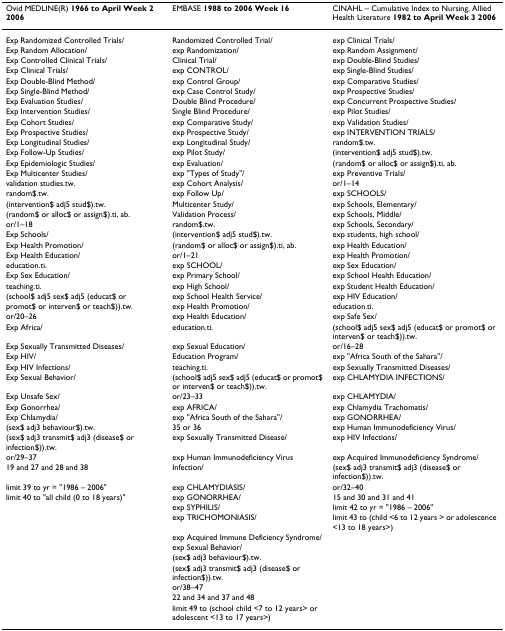
<table><thead><tr><td><b>Ovid MEDLINE(R) 1966 to April Week 2 2006</b></td><td><b>EMBASE 1988 to 2006 Week 16</b></td><td><b>CINAHL – Cumulative Index to Nursing, Allied Health Literature 1982 to April Week 3 2006</b></td></tr></thead><tbody><tr><td>Exp Randomized Controlled Trials/</td><td>Randomized Controlled Trial/</td><td>exp Clinical Trials/</td></tr><tr><td>Exp Random Allocation/</td><td>exp Randomization/</td><td>exp Random Assignment/</td></tr><tr><td>Exp Controlled Clinical Trials/</td><td>Clinical Trial/</td><td>exp Double-Blind Studies/</td></tr><tr><td>Exp Clinical Trials/</td><td>exp CONTROL/</td><td>exp Single-Blind Studies/</td></tr><tr><td>Exp Double-Blind Method/</td><td>exp Control Group/</td><td>exp Comparative Studies/</td></tr><tr><td>Exp Single-Blind Method/</td><td>exp Case Control Study/</td><td>exp Prospective Studies/</td></tr><tr><td>Exp Evaluation Studies/</td><td>Double Blind Procedure/</td><td>exp Concurrent Prospective Studies/</td></tr><tr><td>Exp Intervention Studies/</td><td>Single Blind Procedure/</td><td>exp Pilot Studies/</td></tr><tr><td>Exp Cohort Studies/</td><td>exp Comparative Study/</td><td>exp Validation Studies/</td></tr><tr><td>Exp Prospective Studies/</td><td>exp Prospective Study/</td><td>exp INTERVENTION TRIALS/</td></tr><tr><td>Exp Longitudinal Studies/</td><td>exp Longitudinal Study/</td><td>random$.tw.</td></tr><tr><td>Exp Follow-Up Studies/</td><td>exp Pilot Study/</td><td>(intervention$ adj5 stud$).tw.</td></tr><tr><td>Exp Epidemiologic Studies/</td><td>exp Evaluation/</td><td>(random$ or alloc$ or assign$).ti, ab.</td></tr><tr><td>Exp Multicenter Studies/</td><td>exp &quot;Types of Study&quot;/</td><td>exp Preventive Trials/</td></tr><tr><td>validation studies.tw.</td><td>exp Cohort Analysis/</td><td>or/1–14</td></tr><tr><td>random$.tw.</td><td>exp Follow Up/</td><td>exp SCHOOLS/</td></tr><tr><td>(intervention$ adj5 stud$).tw.</td><td>Multicenter Study/</td><td>exp Schools, Elementary/</td></tr><tr><td>(random$ or alloc$ or assign$).ti, ab.</td><td>Validation Process/</td><td>exp Schools, Middle/</td></tr><tr><td>or/1–18</td><td>random$.tw.</td><td>exp Schools, Secondary/</td></tr><tr><td>Exp Schools/</td><td>(intervention$ adj5 stud$).tw.</td><td>exp students, high school/</td></tr><tr><td>Exp Health Promotion/</td><td>(random$ or alloc$ or assign$).ti, ab.</td><td>exp Health Education/</td></tr><tr><td>Exp Health Education/</td><td>or/1–21</td><td>exp Health Promotion/</td></tr><tr><td>education.ti.</td><td>exp SCHOOL/</td><td>exp Sex Education/</td></tr><tr><td>Exp Sex Education/</td><td>exp Primary School/</td><td>exp School Health Education/</td></tr><tr><td>teaching.ti.</td><td>exp High School/</td><td>exp Student Health Education/</td></tr><tr><td>(school$ adj5 sex$ adj5 (educat$ or</td><td>exp School Health Service/</td><td>exp HIV Education/</td></tr><tr><td>promot$ or interven$ or teach$)).tw.</td><td>exp Health Promotion/</td><td>education.ti.</td></tr><tr><td>or/20–26</td><td>exp Health Education/</td><td>exp Safe Sex/</td></tr><tr><td>Exp Africa/</td><td>education.ti.</td><td>(school$ adj5 sex$ adj5 (educat$ or promot$ or interven$ or teach$)).tw.</td></tr><tr><td>Exp Sexually Transmitted Diseases/</td><td>exp Sexual Education/</td><td>or/16–28</td></tr><tr><td>Exp HIV/</td><td>Education Program/</td><td>exp &quot;Africa South of the Sahara&quot;/</td></tr><tr><td>Exp HIV Infections/</td><td>teaching.ti.</td><td>exp Sexually Transmitted Diseases/</td></tr><tr><td>Exp Sexual Behavior/</td><td>(school$ adj5 sex$ adj5 (educat$ or promot$ or interven$ or teach$)).tw.</td><td>exp CHLAMYDIA INFECTIONS/</td></tr><tr><td>Exp Unsafe Sex/</td><td>or/23–33</td><td>exp CHLAMYDIA/</td></tr><tr><td>Exp Gonorrhea/</td><td>exp AFRICA/</td><td>exp Chlamydia Trachomatis/</td></tr><tr><td>Exp Chlamydia/</td><td>exp &quot;Africa South of the Sahara&quot;/</td><td>exp GONORRHEA/</td></tr><tr><td>(sex$ adj3 behaviour$).tw.</td><td>35 or 36</td><td>exp Human Immunodeficiency Virus/</td></tr><tr><td>(sex$ adj3 transmit$ adj3 (disease$ or infection$)).tw.</td><td>exp Sexually Transmitted Disease/</td><td>exp HIV Infections/</td></tr><tr><td>or/29–37</td><td>exp Human Immunodeficiency Virus</td><td>exp Acquired Immunodeficiency Syndrome/</td></tr><tr><td>19 and 27 and 28 and 38</td><td>Infection/</td><td>(sex$ adj3 transmit$ adj3 (disease$ or infection$)).tw.</td></tr><tr><td>limit 39 to yr = &quot;1986 – 2006&quot;</td><td>exp CHLAMYDIASIS/</td><td>or/32–40</td></tr><tr><td>limit 40 to &quot;all child (0 to 18 years)&quot;</td><td>exp GONORRHEA/</td><td>15 and 30 and 31 and 41</td></tr><tr><td></td><td>exp SYPHILIS/</td><td>limit 42 to yr = &quot;1986 – 2006&quot;</td></tr><tr><td></td><td>exp TRICHOMONIASIS/</td><td>limit 43 to (child &lt;6 to 12 years &gt; or adolescence &lt;13 to 18 years&gt;)</td></tr><tr><td></td><td>exp Acquired Immune Deficiency Syndrome/</td><td></td></tr><tr><td></td><td>exp Sexual Behavior/</td><td></td></tr><tr><td></td><td>(sex$ adj3 behaviour$).tw.</td><td></td></tr><tr><td></td><td>(sex$ adj3 transmit$ adj3 (disease$ or infection$)).tw.</td><td></td></tr><tr><td></td><td>or/38–47</td><td></td></tr><tr><td></td><td>22 and 34 and 37 and 48</td><td></td></tr><tr><td></td><td>limit 49 to (school child &lt;7 to 12 years&gt; or adolescent &lt;13 to 17 years&gt;)</td><td></td></tr></tbody></table>